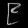
Digit: ၉